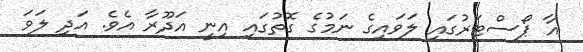
އާ ޕޯސްޓަރުގައި ލަވައިގެ ނަމުގެ ގޮތުގައި އިނީ އަދޫރާ އެވެ. އަދި ލަވަ